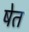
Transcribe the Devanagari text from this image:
षेत